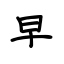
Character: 早